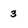
Character: 3